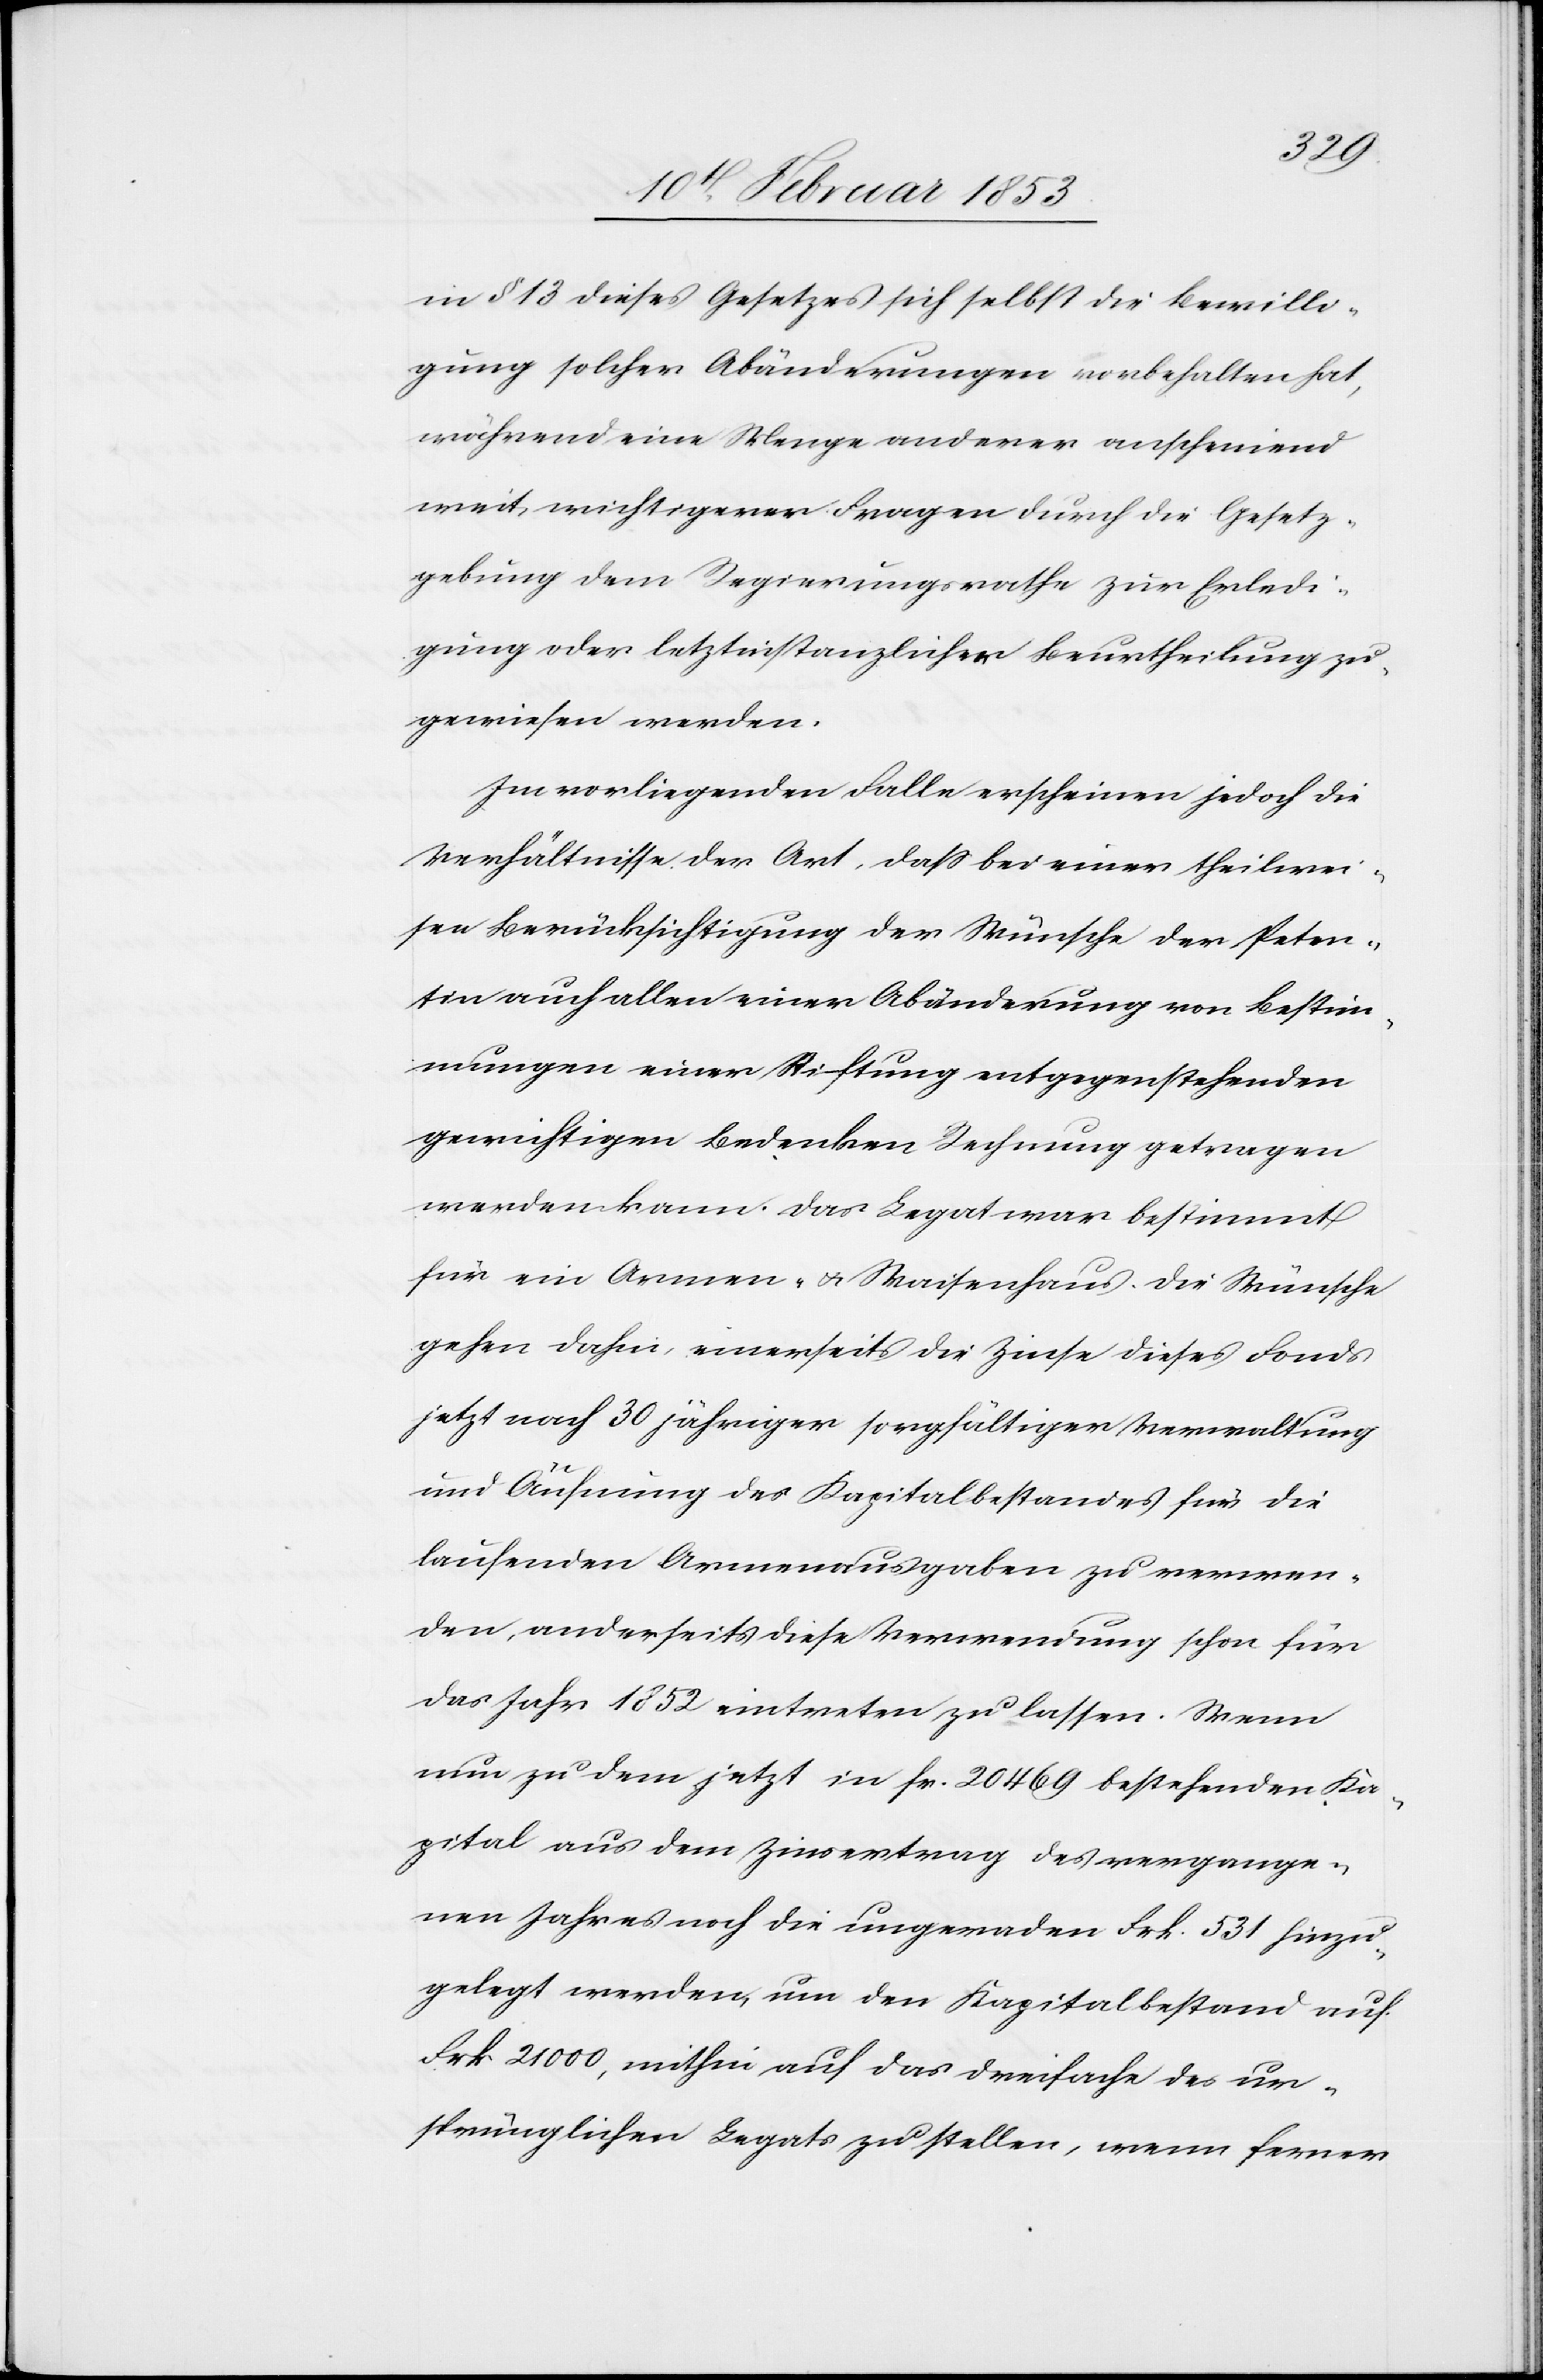
in § 13 dieses Gesetzes sich selbst die Bewilli¬
gung solcher Abänderungen vorbehalten hat,
während eine Menge anderer anscheinend
weit, wichtigerer Fragen durch die Gesetz¬
gebung dem Regierungsrathe zur Erledi¬
gung oder letztinstanzlicher Beurtheilung zu
gewiesen werden.
Im vorliegenden Falle erscheinen jedoch die
Verhältnisse der Art, daß bei einer theilwei¬
sen Berücksichtigung der Wünsche der Peten¬
tin auch allen einer Abänderung von Bestim¬
mungen einer Stiftung entgegenstehenden
gewichtigen Bedenken Rechnung getragen
werden kann. Das Legat war bestimmt
für ein Armen- u. Waisenhaus. Die Wünsche
gehen dahin, einerseits die Zinse dieses Fonds
jetzt nach 30 jähriger sorgfältiger Verwaltung
und Äufnung des Kapitalsbestandes für die
laufenden Armenausgaben zu verwen¬
den, anderseits diese Verwendung schon für
das Jahr 1852 eintreten zu lassen. Wenn
nun zu dem jetzt in fr. 20469 bestehenden Ka¬
pital aus dem Zinsvertrag des vergange¬
nen Jahres noch die ungeraden Frk. 531 hinzu¬
gelegt werden, um den Kapitalbestand auf
Frk. 21000, mithin auf das dreifache des ur¬
sprünglichen Legats zu stellen, wenn ferner